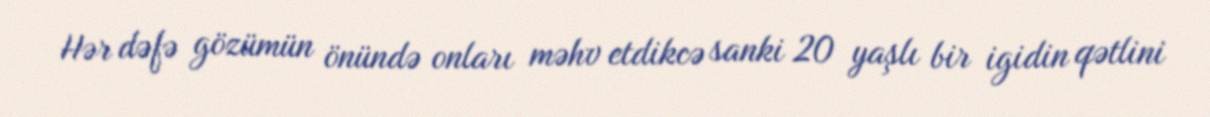
Hər dəfə gözümün önündə onları məhv etdikcə sanki 20 yaşlı bir igidin qətlini